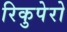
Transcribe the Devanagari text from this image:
रिकुपेरो